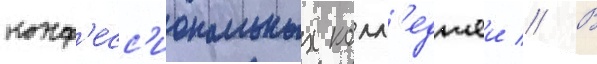
конф'есс'иональных колл'еджеи // В